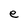
Character: e